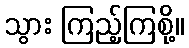
သွား ကြည့်ကြစို့။